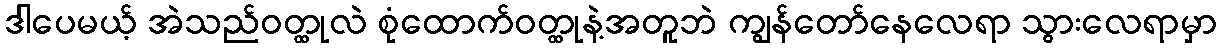
ဒါပေမယ့် အဲသည်ဝတ္ထုလဲ စုံထောက်ဝတ္ထုနဲ့အတူဘဲ ကျွန်တော်နေလေရာ သွားလေရာမှာ